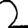
Digit: 2